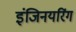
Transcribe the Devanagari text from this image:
इंजिनयरिंग